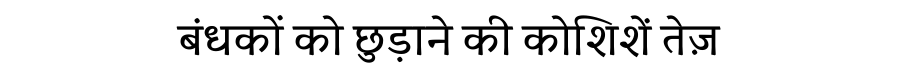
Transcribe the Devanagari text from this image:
बंधकों को छुड़ाने की कोशिशें तेज़